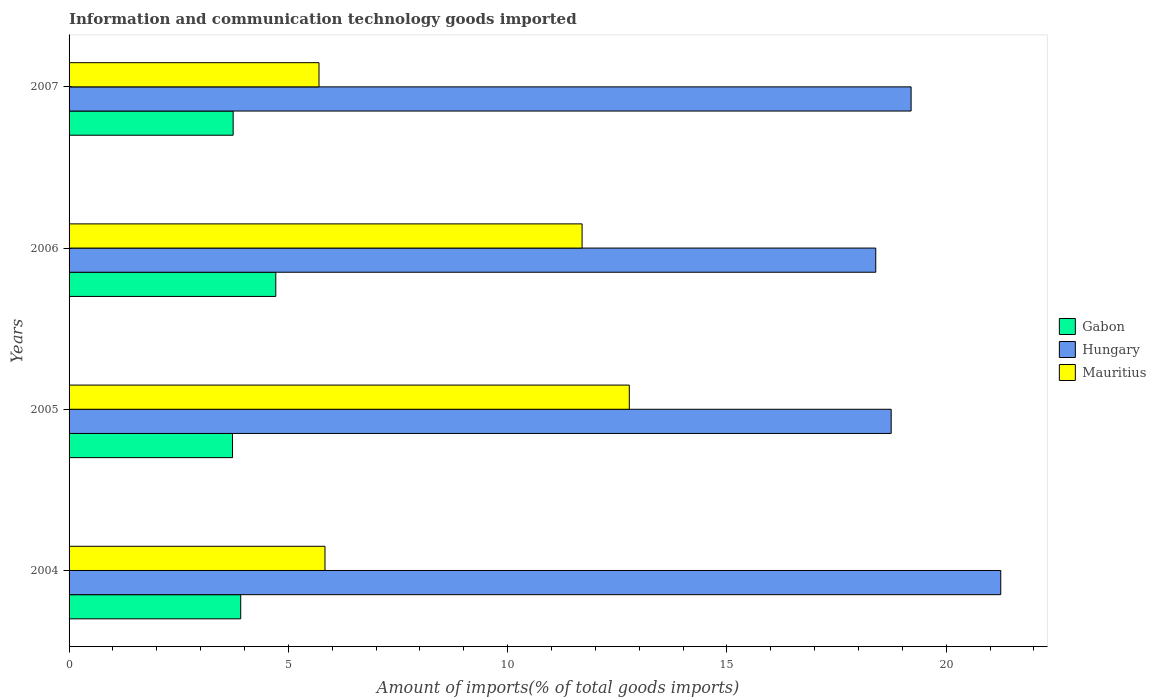
| Years | Gabon | Hungary | Mauritius |
 | --- | --- | --- | --- |
 | 2004 | 3.91 | 21.2 | 5.84 |
 | 2005 | 3.73 | 18.7 | 12.8 |
 | 2006 | 4.71 | 18.4 | 11.7 |
 | 2007 | 3.74 | 19.2 | 5.7 |